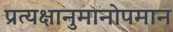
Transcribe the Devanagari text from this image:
प्रत्यक्षानुमानोपमान